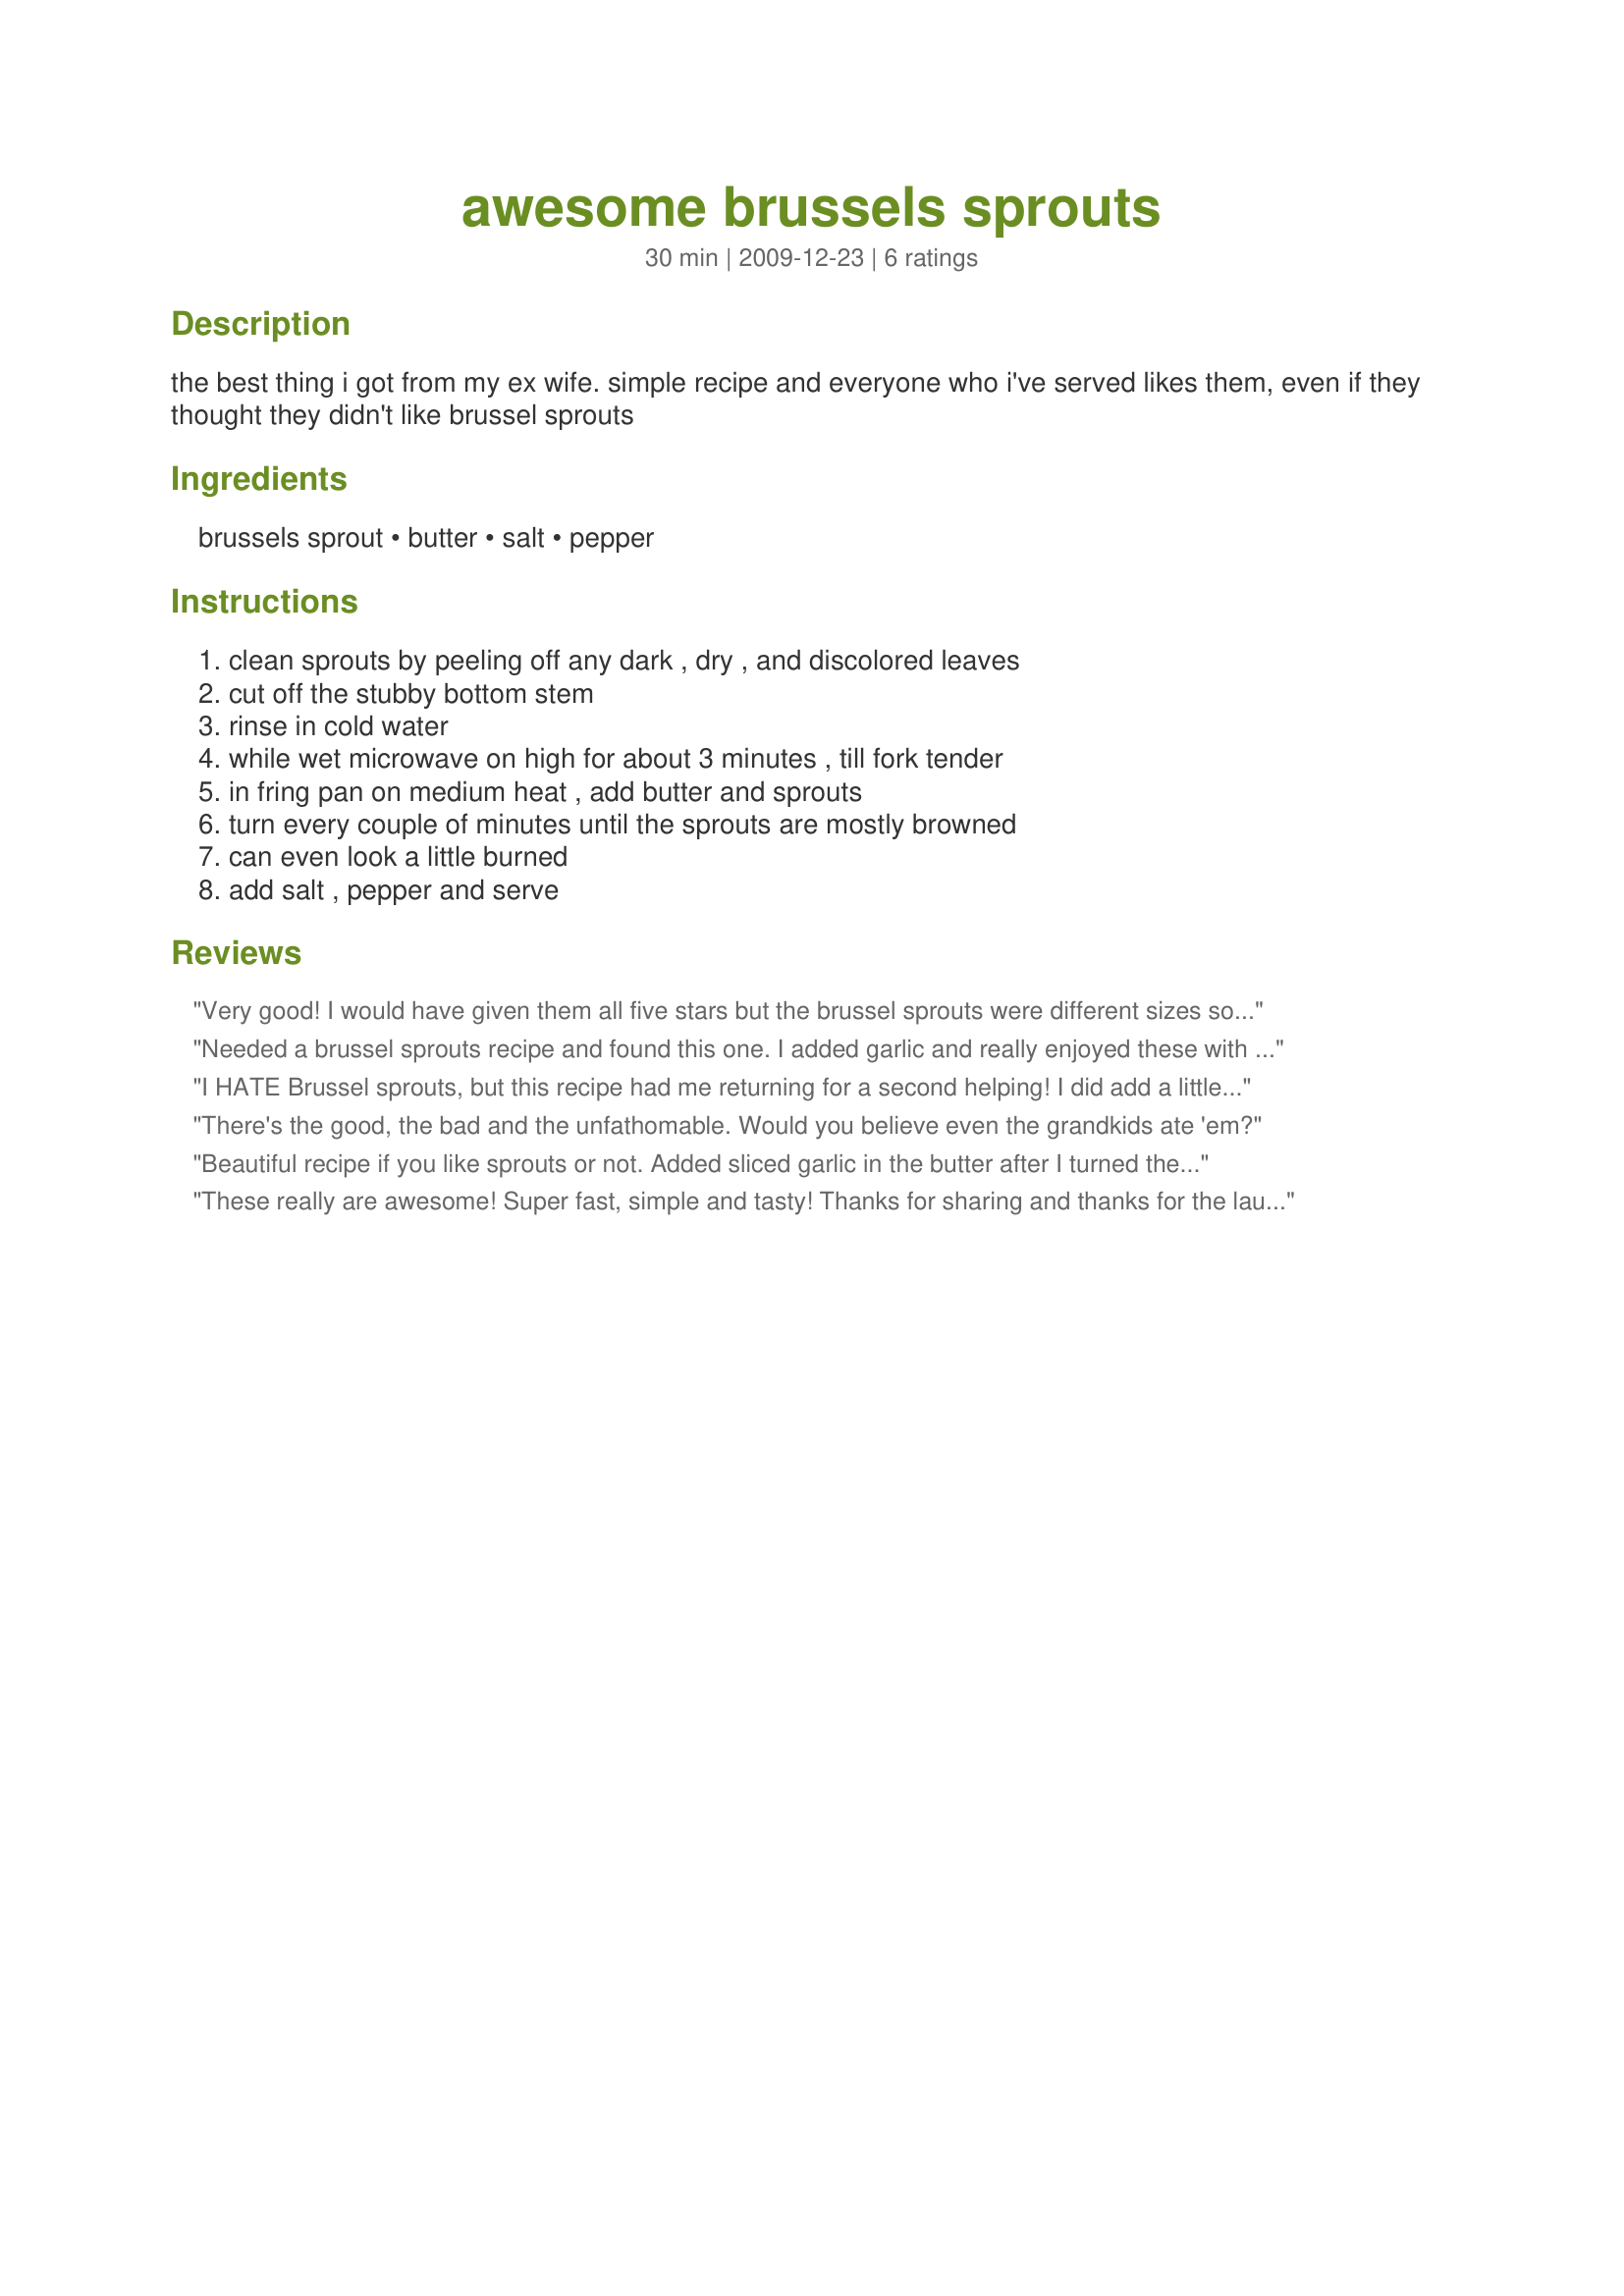
awesome brussels sprouts
Preparation time: 30 minutes

the best thing i got from my ex wife. simple recipe and everyone who i've served likes them, even if they thought they didn't like brussel sprouts

Ingredients:
brussels sprout, butter, salt, pepper

Steps:
clean sprouts by peeling off any dark , dry , and discolored leaves, cut off the stubby bottom stem, rinse in cold water, while wet microwave on high for about 3 minutes , till fork tender, in fring pan on medium heat , add butter and sprouts, turn every couple of minutes until the sprouts are mostly browned, can even look a little burned, add salt , pepper and serve

Reviews:
Very good! I would have given them all five stars but the brussel sprouts were different sizes so some got done and others didn't. The flavor was excellent, though. I did add 2 cloves of garlic just because we love garlic! Thanks again for the recipe.
Needed a brussel sprouts recipe and found this one. I added garlic and really enjoyed these with roasted pumpkin and potatoes! YUM! Kids really liked them too and will def have them again! Thanks!!!!!
I HATE Brussel sprouts, but this recipe had me returning for a second helping! I did add a little olive oil and lemon juice for additional flavor. And, I used sea salt, as opposed to table salt. This is destined to become a weeknight side dish staple in my house. Delicious! Thanks Chef Dean #2!
There's the good, the bad and the unfathomable. Would you believe even the grandkids ate 'em?
Beautiful recipe if you like sprouts or not. Added sliced garlic in the butter after I turned the heat off - excellent.
These really are awesome! Super fast, simple and tasty! Thanks for sharing and thanks for the laugh when reading the 'about the recipe' section.
